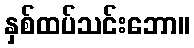
နှစ်ထပ်သင်းဘော။